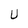
Character: U